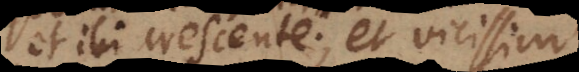
et ibi crescente; et vicissim